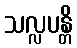
သလ္လပန္တိ